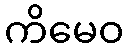
ကိမေဝ